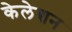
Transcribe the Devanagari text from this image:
केलेशन